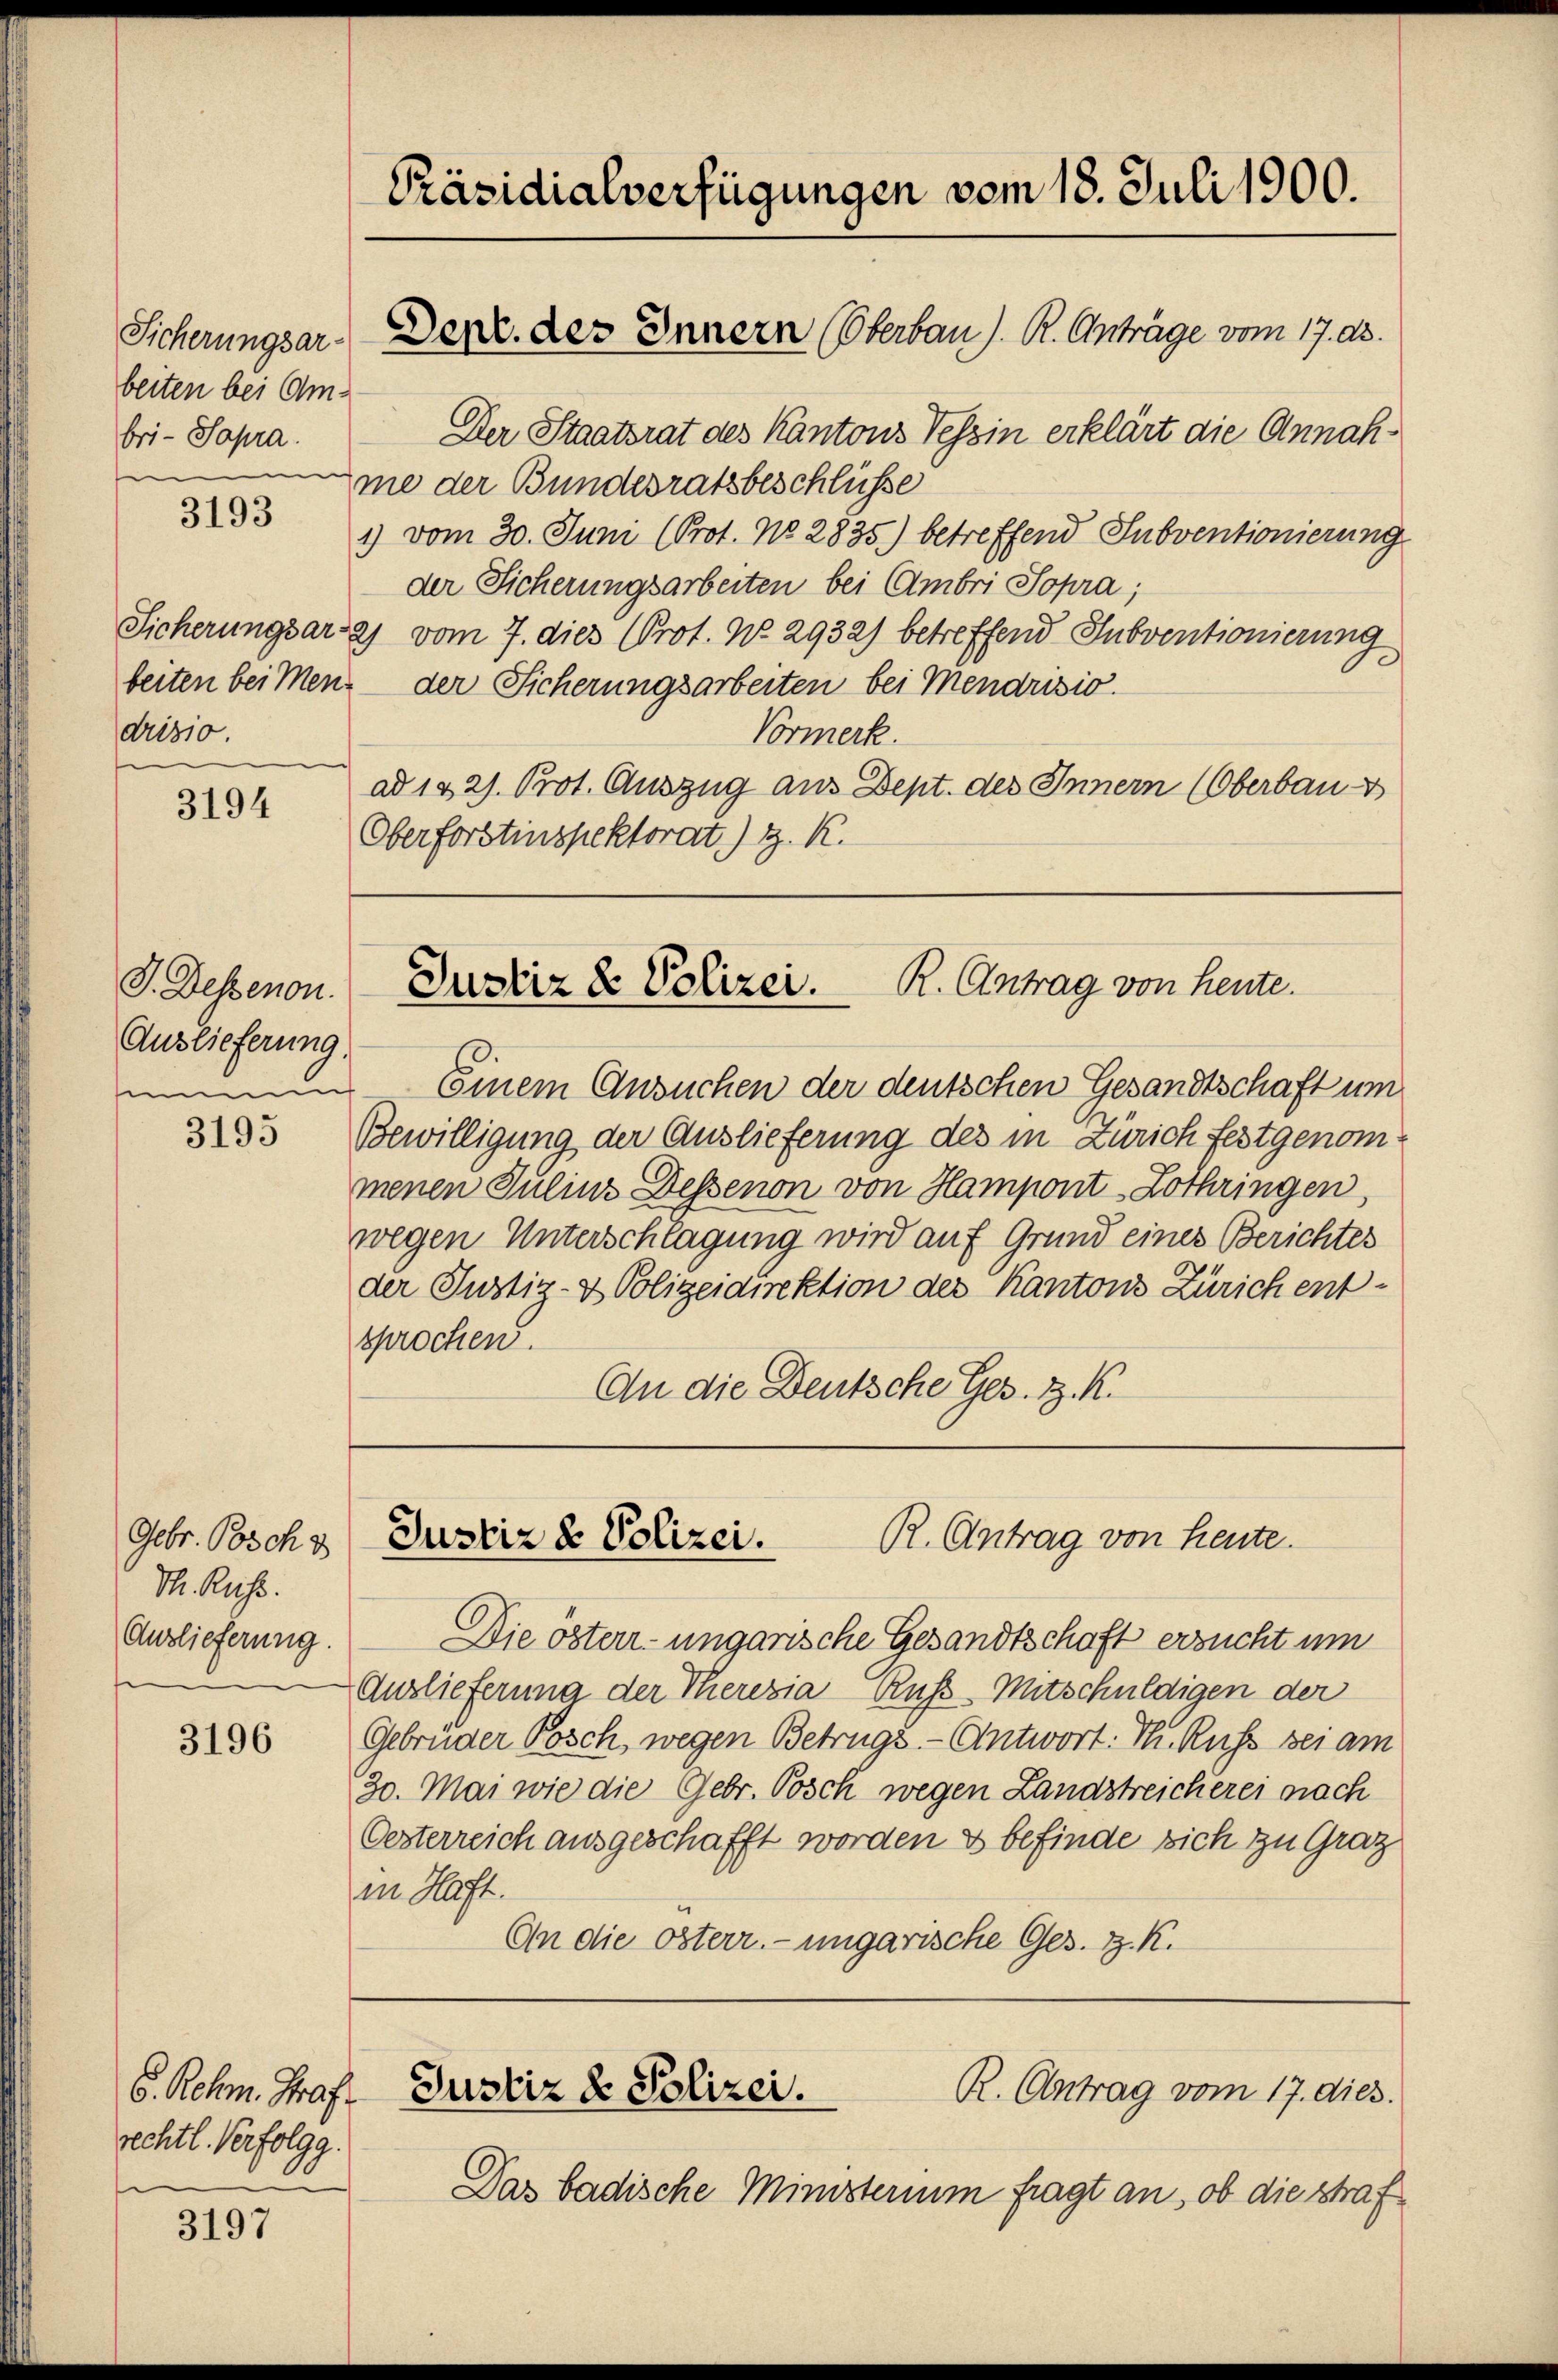
Sicherungsar-
beiten bei Ambri-Sapra.
.

3193

drisio.

3194

J. Dessenon.
Auslieferung,

3195

Gebr. Posch z
M. Russ.
Auslieferung.

3196

3197

6. Rehm. Graf.
rechtl. Verfolgg.

Präsidialverfügungen vom 18. Juli 1900.
Denr. des Innern (Oberbau). R. Anträge vom 17. ds.

Der Staatsrat des Kantons Tessin erklärt die Annahme der Bundesratsbeschlüsse
1) vom 30. Juni (Prot. No. 2835) betreffend Subventionierung
der Sicherungsarbeiten bei Ambri sopra;
Sicherungsara) vom 7. dies (Prot. No. 2932) betreffend Subventionierung
beiten bei Menz der Sicherungsarbeiten bei Mendrisio
Vormerk.
ad 1821. Prot. Auszug aus Dept. des Innern (Oberbau
Oberforstinspektorat) z. K.

R. Antrag von heute.
Justiz & Polizei.

R. Antrag von Heute.
Justiz & Polizei.

immen. Einem Ansuchen der deutschen Gesandtschaft um
Bewilligung der Auslieferung des in Zürich festgenommenen Julius Dessenon von Hampont-Lothringen,
wegen Unterschlagung wird auf Grund eines Berichtes
der Justiz- & Polizeidirektion des Kantons Zürich entsprochen.
An die Deutsche Ges. Z. K.

R. Antrag vom 17. dies
Justiz & Polizei.

Das badische Ministerium fragt an, ob die straf

Die österr- ungarische Gesandtschaft ersucht um
Auslieferung der Theresia Russ-Mitschuldigen der
Gebrüder Posch, wegen Betrugs - Antwort: Th. Russ bei am
30. Mai wie die Gebr. Posch wegen Landstreicherei nach
Oesterreich ausgeschafft worden & befinde sich zu Graz
in Haft.
An die österr. - ungarische Ges. Z. K.